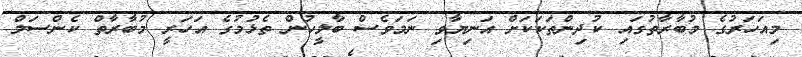
މިއަހަރުގެ މުބާރާތުގައި ކުދިންތަކަކަށް އަނިޔާވި ނަމަވެސް ބާލީހުން ތެޅުމުގެ އަހަރީ މުބާރާތް ކެންސަލް